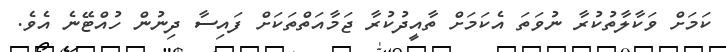
ކަމަށް ވަކާލާތުކުރާ ނުވަތަ އެކަމަށް ތާއީދުކުރާ ޖަމާއަތްތަކަށް ފައިސާ ދިނުން ހުއްޓޭނެ އެވެ.